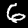
Label: 6